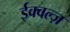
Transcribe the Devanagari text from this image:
ईक्वल्ज़